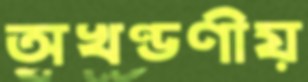
অখণ্ডণীয়